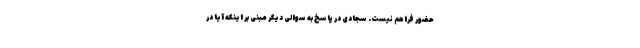
حضور فراهم نیست. سجادی در پاسخ به سوالی دیگر مبنی بر اینکه آیا در